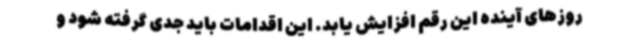
روزهای آینده این رقم افزایش یابد. این اقدامات باید جدی گرفته شود و